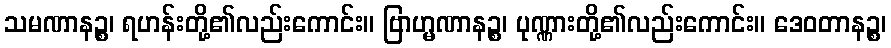
သမဏာနဉ္စ၊ ရဟန်းတို့၏လည်းကောင်း။ ဗြာဟ္မဏာနဉ္စ၊ ပုဏ္ဏားတို့၏လည်းကောင်း။ ဒေဝတာနဉ္စ၊